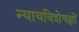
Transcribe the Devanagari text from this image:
न्यायविशेषज्ञों